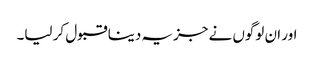
اور ان لوگوں نے جزیہ دینا قبول کر لیا۔